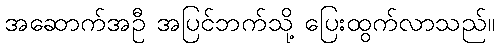
အဆောက်အဦ အပြင်ဘက်သို့ ပြေးထွက်လာသည်။